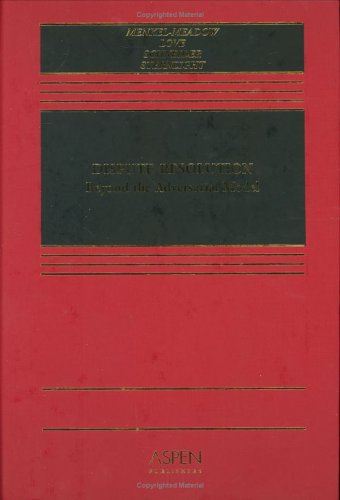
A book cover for Dispute Resolution: Beyond the Adversary Model; Professor Carrie J Menkel-Meadow; Law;